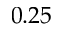
0 . 2 5